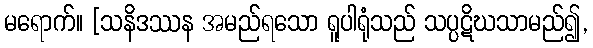
မရောက်။ [သနိဒဿန အမည်ရသော ရူပါရုံသည် သပ္ပဋိဃသာမည်၍,